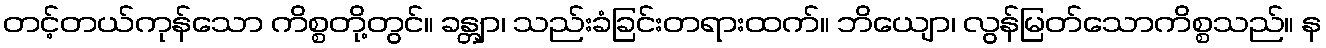
တင့်တယ်ကုန်သော ကိစ္စတို့တွင်။ ခန္တျာ၊ သည်းခံခြင်းတရားထက်။ ဘိယျော၊ လွန်မြတ်သောကိစ္စသည်။ န